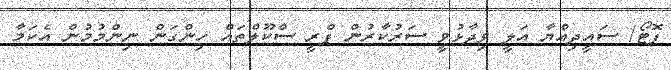
ފޮޓޯ/ ސައީދިއްޔާ އަލީ ވިދާޅުވީ ސަރުކާރުން ޕްރީ ސްކޫލްތައް ހިންގަން ނިންމުމުން އެކަމާ